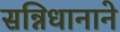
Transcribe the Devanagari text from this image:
सन्निधानाने